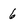
Character: 6